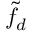
\Tilde { f _ { d } }